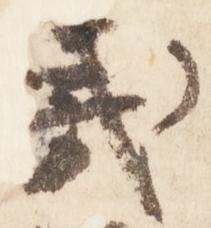
夷